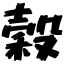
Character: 穀